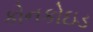
કોનકોઇડ